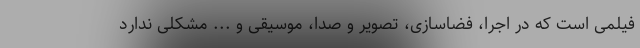
فیلمی است که در اجرا، فضاسازی، تصویر و صدا، موسیقی و ... مشکلی ندارد